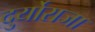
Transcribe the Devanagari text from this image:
दुर्योराजा